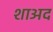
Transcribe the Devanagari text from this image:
शाअद